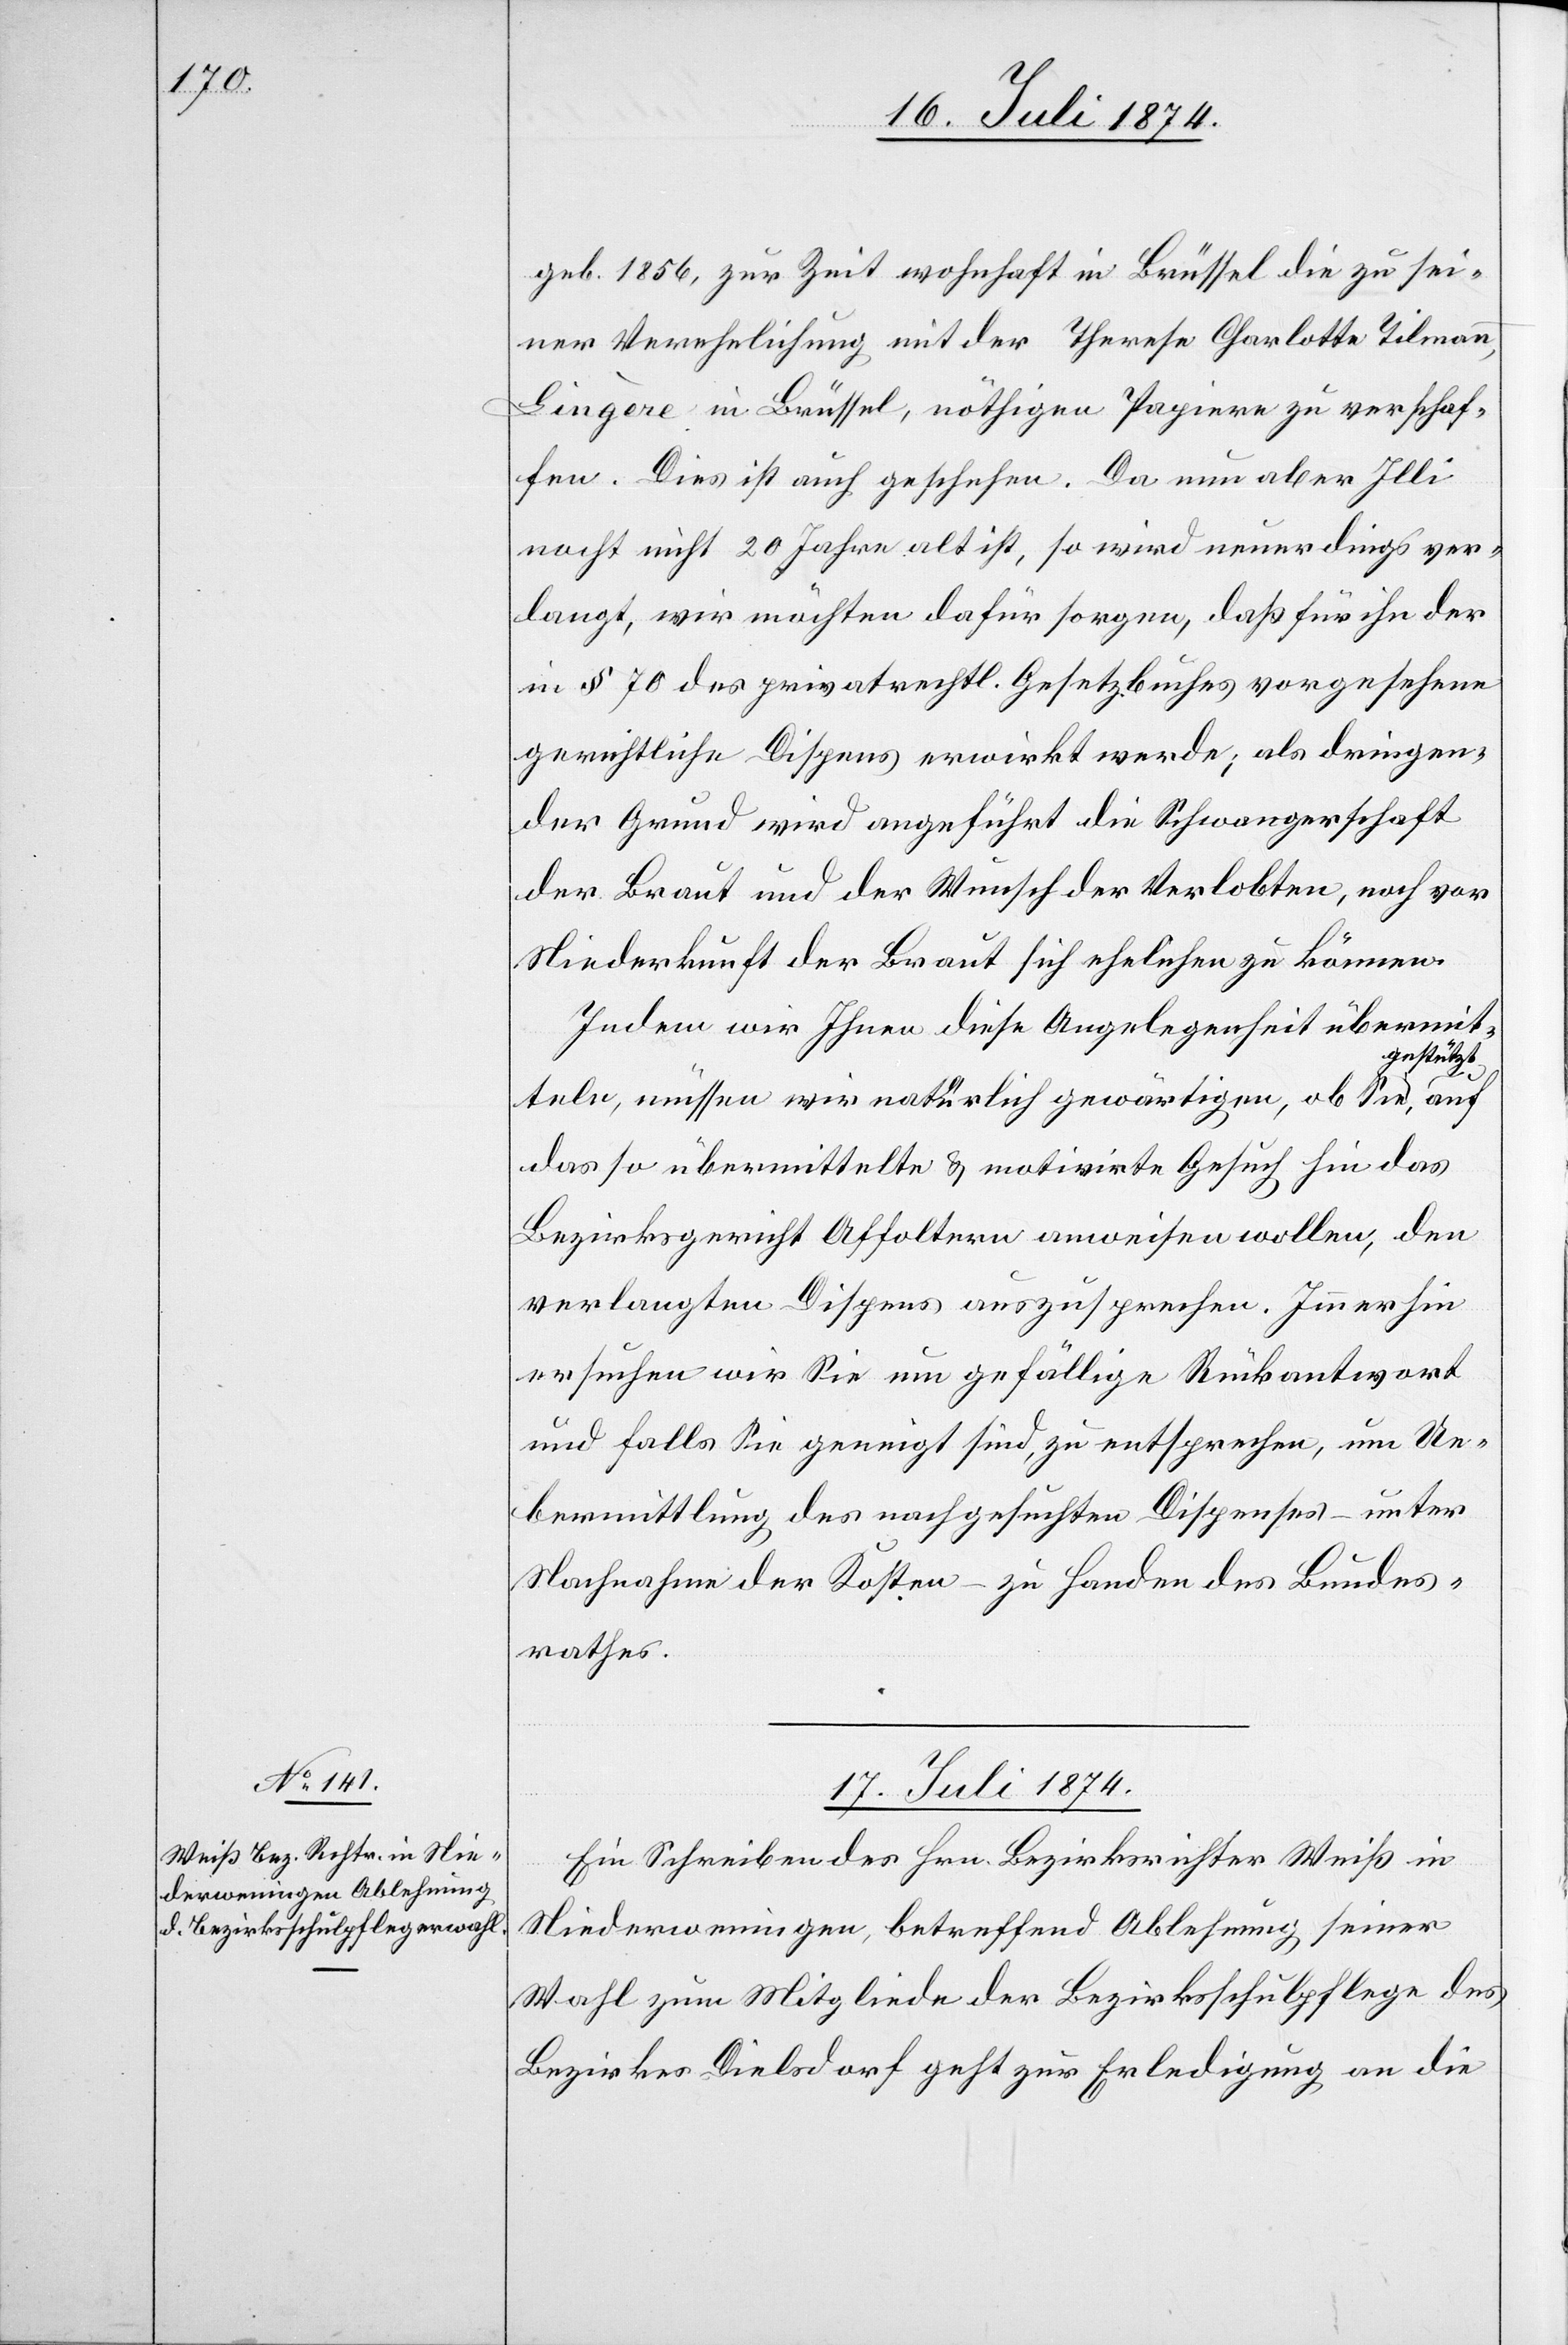
geb. 1856, zur Zeit wohnhaft in Brüssel die zu sei¬
ner Verehelichung mit der Therese Charlotte Tilmann,
Lingère in Brüssel, nöthigen Papiere zu verschaf¬
fen. Dies ist auch geschehen. Da nun aber Illi
[sic!] nicht 20 Jahre alt ist, so wird neuerdings ver¬
langt, wir möchten dafür sorgen, daß für ihn der
in § 70 des privatrechtl. Gesetzbuches vorgesehene
gerichtliche Dispens erwirkt werde; als dringen¬
der Grund wird angeführt die Schwangerschaft
der Braut und der Wunsch der Verlobten, noch vor
Niederkunft der Braut sich ehelichen zu können.
Indem wir Ihnen diese Angelegenheit übermit¬
gestützt
teln, müssen wir natürlich gewärtigen, ob Sie,
das so übermittelte u. motivirte Gesuch hin das
Bezirksgericht Affoltern anweisen wollen, den
verlangten Dispens auszusprechen. Immerhin
ersuchen wir Sie um gefällige Rückantwort
und falls Sie geneigt sind, zu entsprechen, um Ue¬
bermittlung des nachgesuchten Dispenses – unter
Nachnahme der Kosten – zu Handen des Bundes¬
rathes.
17. Juli 1874.
Ein Schreiben des Hrn. Bezirksrichter Weiß in
Niederweningen, betreffend Ablehnung seiner
Wahl zum Mitgliede der Bezirksschulpflege des
Bezirkes Dielsdorf geht zur Erledigung an die